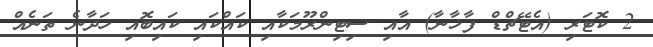
2 ކޮޓަރި (އެޓޭޗްޑް ފާޚާނާ) އާއި ސިޓިންރޫމަކާއި ކައްކައި ކައިބޮއި ހަދާނެ ތަނެއް